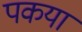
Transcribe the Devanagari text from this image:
पकया